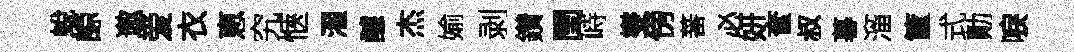
蛻諒遨爱衣恵究愜濯醵杰媮剥鑽閏峙燮傍蕃必妍奩叔暮溜筐式勣唳